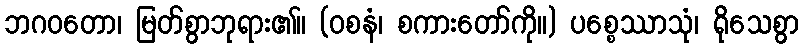
ဘဂဝတော၊ မြတ်စွာဘုရား၏။ (ဝစနံ၊ စကားတော်ကို။) ပစ္စေဿာသုံ၊ ရိုသေစွာ